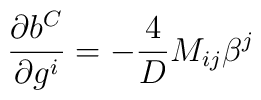
\frac{\partial b^{C}}{\partial g^{i}} = -\frac{4}{D} {M}_{ij} \beta^{j}